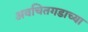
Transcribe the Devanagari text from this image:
अवचितगडाच्या